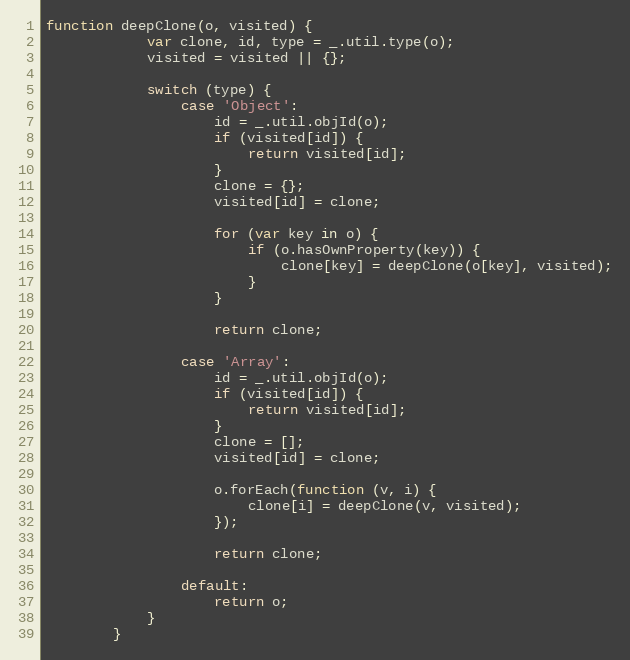
Language: JavaScript
function deepClone(o, visited) {
			var clone, id, type = _.util.type(o);
			visited = visited || {};

			switch (type) {
				case 'Object':
					id = _.util.objId(o);
					if (visited[id]) {
						return visited[id];
					}
					clone = {};
					visited[id] = clone;

					for (var key in o) {
						if (o.hasOwnProperty(key)) {
							clone[key] = deepClone(o[key], visited);
						}
					}

					return clone;

				case 'Array':
					id = _.util.objId(o);
					if (visited[id]) {
						return visited[id];
					}
					clone = [];
					visited[id] = clone;

					o.forEach(function (v, i) {
						clone[i] = deepClone(v, visited);
					});

					return clone;

				default:
					return o;
			}
		}